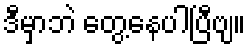
ဒီမှာဘဲ တွေ့နေပါပြီဗျ။